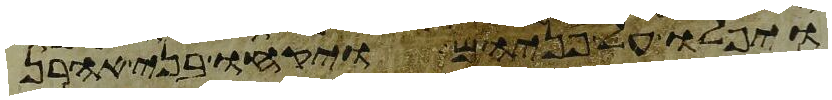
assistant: ויפלו על פניהם ויקחו בני אהרן